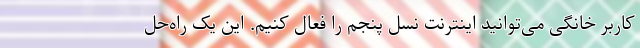
کاربر خانگی می‌توانید اینترنت نسل پنجم را فعال کنیم. این یک راه‌حل